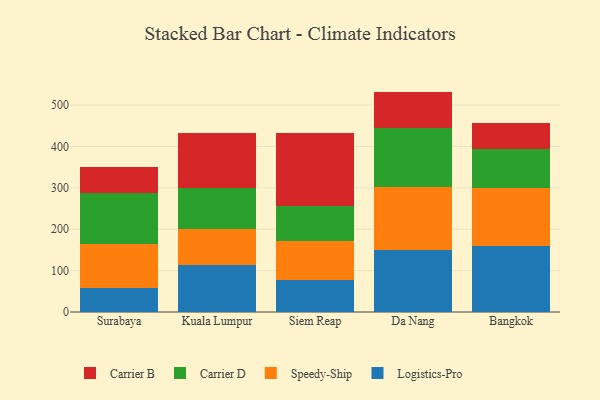
{"axis": {"x": "City", "y": "Churn Rate (%)"}, "legend": ["Carrier B", "Carrier D", "Logistics-Pro", "Speedy-Ship"], "data": [{"x": "Surabaya", "y": 57.8, "type": "Logistics-Pro"}, {"x": "Surabaya", "y": 106.6, "type": "Speedy-Ship"}, {"x": "Surabaya", "y": 122.8, "type": "Carrier D"}, {"x": "Surabaya", "y": 63.8, "type": "Carrier B"}, {"x": "Kuala Lumpur", "y": 113.5, "type": "Logistics-Pro"}, {"x": "Kuala Lumpur", "y": 86.8, "type": "Speedy-Ship"}, {"x": "Kuala Lumpur", "y": 100.4, "type": "Carrier D"}, {"x": "Kuala Lumpur", "y": 131.3, "type": "Carrier B"}, {"x": "Siem Reap", "y": 77.5, "type": "Logistics-Pro"}, {"x": "Siem Reap", "y": 94.8, "type": "Speedy-Ship"}, {"x": "Siem Reap", "y": 83.5, "type": "Carrier D"}, {"x": "Siem Reap", "y": 176.9, "type": "Carrier B"}, {"x": "Da Nang", "y": 149.6, "type": "Logistics-Pro"}, {"x": "Da Nang", "y": 152.7, "type": "Speedy-Ship"}, {"x": "Da Nang", "y": 142.3, "type": "Carrier D"}, {"x": "Da Nang", "y": 88.0, "type": "Carrier B"}, {"x": "Bangkok", "y": 158.4, "type": "Logistics-Pro"}, {"x": "Bangkok", "y": 140.6, "type": "Speedy-Ship"}, {"x": "Bangkok", "y": 94.6, "type": "Carrier D"}, {"x": "Bangkok", "y": 63.0, "type": "Carrier B"}]}